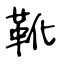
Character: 靴